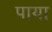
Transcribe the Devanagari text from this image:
पाया